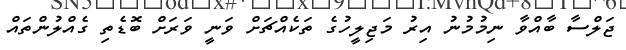
ޖަލްސާ ބާއްވާ ނިމުމުނު އިރު މަޖިލީހުގެ ތަކެއްޗަށް ވަނީ ވަރަށް ބޮޑެތި ގެއްލުންތައް